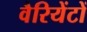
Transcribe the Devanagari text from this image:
वैरियेंटों